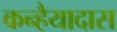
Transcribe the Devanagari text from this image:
कन्हैयादास